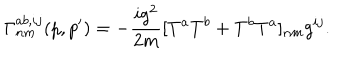
\Gamma _ { n m } ^ { a b , i j } ( p , p ^ { \prime } ) = - \frac { i g ^ { 2 } } { 2 m } [ T ^ { a } T ^ { b } + T ^ { b } T ^ { a } ] _ { n m } g ^ { i j } .